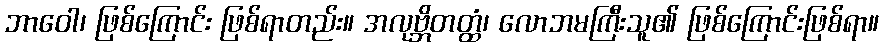
ဘာဝေါ၊ ဖြစ်ကြောင်း ဖြစ်ရာတည်း။ အလုဗ္ဘိတတ္ထံ၊ လောဘမကြီးသူ၏ ဖြစ်ကြောင်းဖြစ်ရာ။